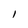
Character: I